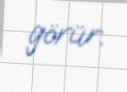
görür.